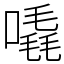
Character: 𠽶